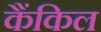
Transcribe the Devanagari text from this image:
कैंकिल